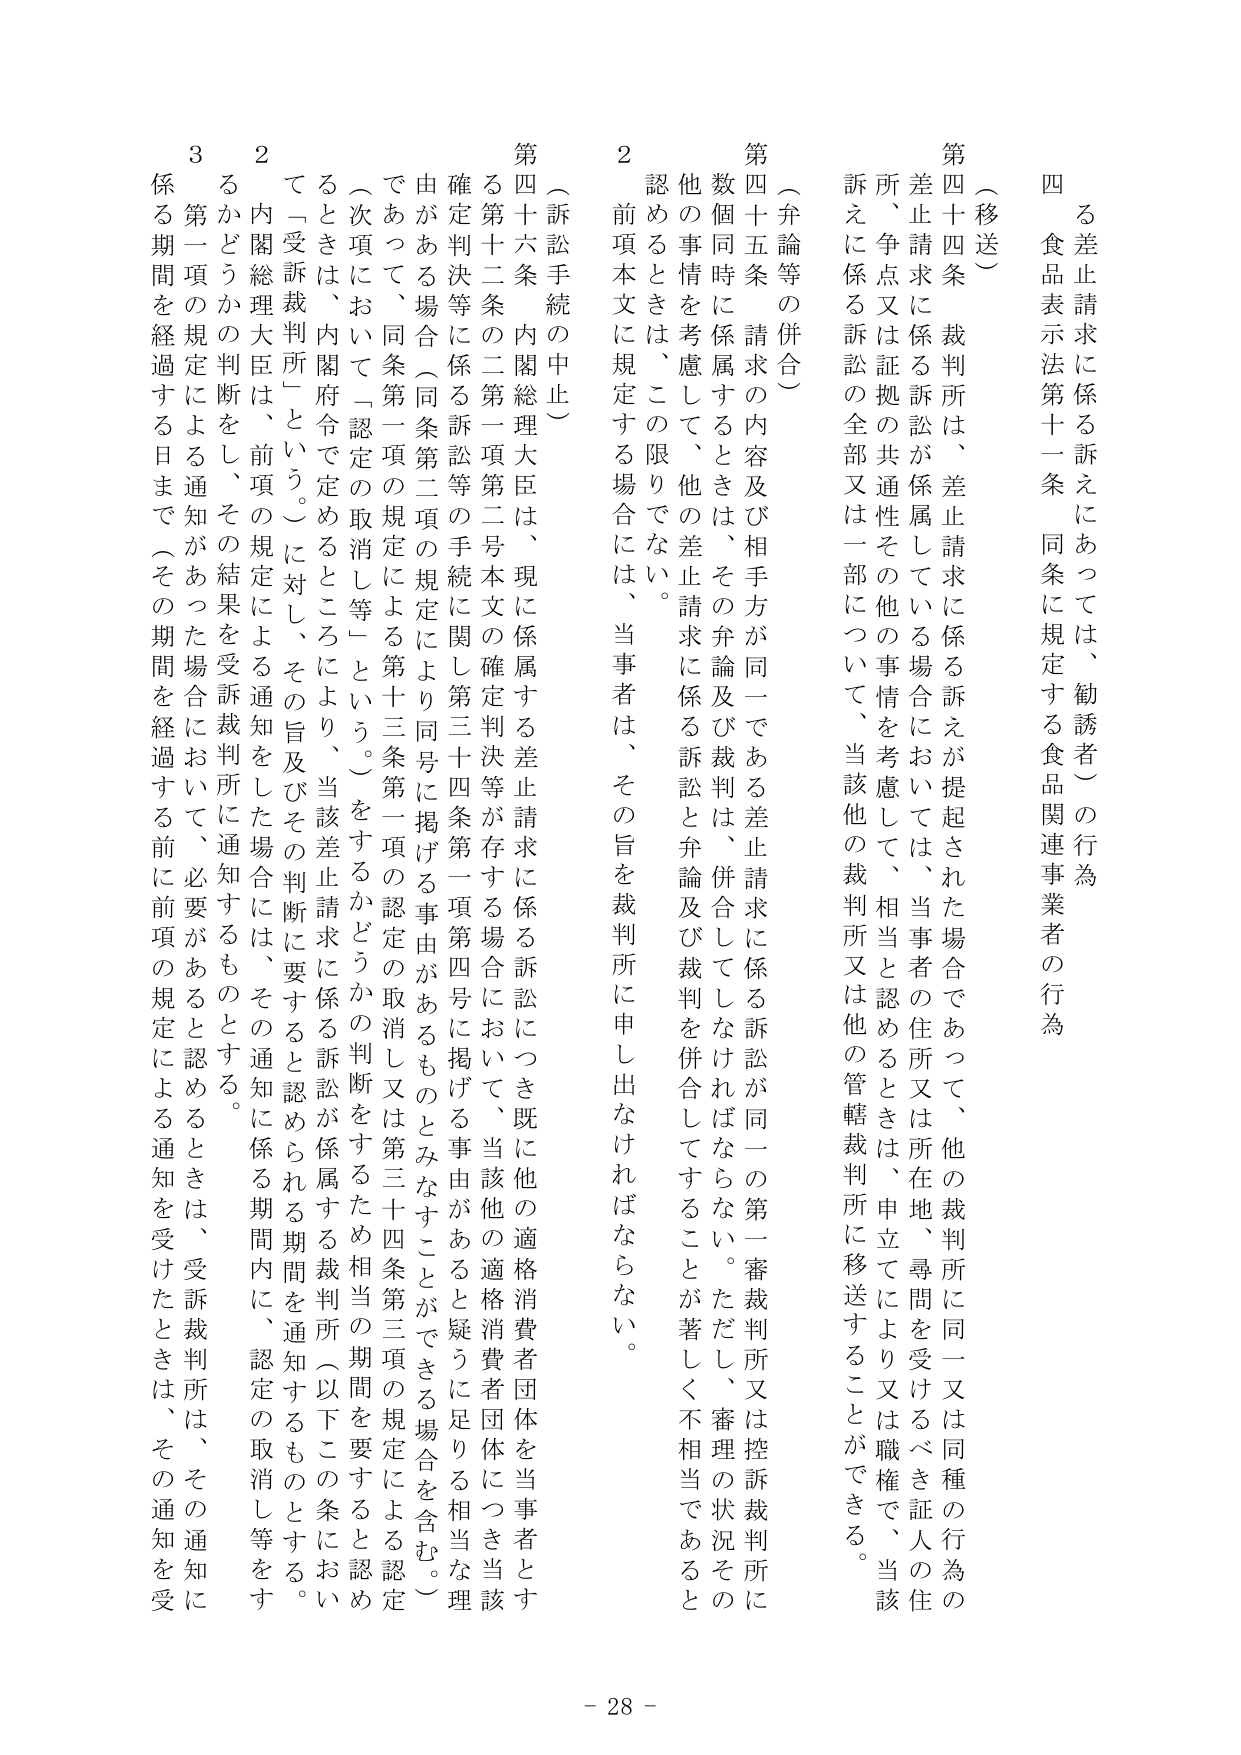
四　差止請求に係る訴えにあっては、勧誘者）の行為
　　食品表示法第十一条　同条に規定する食品関連事業者の行為

（移送）
第四十四条　裁判所は、差止請求に係る訴えが提起された場合であって、他の裁判所に同一又は同種の行為の
差止請求に係る訴訟が係属している場合においては、当事者の住所又は所在地、尋問を受けるべき証人の住
所、争点又は証拠の共通性その他の事情を考慮して、相当と認めるときは、申立てにより又は職権で、当該
訴えに係る訴訟の全部又は一部について、当該他の裁判所又は他の管轄裁判所に移送することができる。

（弁論等の併合）
第四十五条　請求の内容及び相手方が同一である差止請求に係る訴訟が同一の第一審裁判所又は控訴裁判所に
数個同時に係属するときは、その弁論及び裁判は、併合してしなければならない。ただし、審理の状況その
他の事情を考慮して、他の差止請求に係る訴訟と弁論及び裁判を併合してすることが著しく不相当であると
認めるときは、この限りでない。

２　前項本文に規定する場合には、当事者は、その旨を裁判所に申し出なければならない。

（訴訟手続の中止）
第四十六条　内閣総理大臣は、現に係属する差止請求に係る訴訟につき既に他の適格消費者団体を当事者とす
る第十二条の二第一項第二号本文の確定判決等が存する場合において、当該他の適格消費者団体につき当該
確定判決等に係る訴訟等の手続に関し第三十四条第一項第四号に掲げる事由があると疑うに足りる相当な理
由がある場合（同条第二項の規定により同号に掲げる事由があるものとみなすことができる場合を含む。）
であって、同条第一項の規定による第十三条第一項の認定の取消し又は第三十四条第三項の規定による認定
（次項において「認定の取消し等」という。）をするかどうかの判断をするため相当の期間を要すると認め
るときは、内閣府令で定めるところにより、当該差止請求に係る訴訟が係属する裁判所（以下この条におい
て「受訴裁判所」という。）に対し、その旨及びその判断に要すると認められる期間を通知するものとする。

２　内閣総理大臣は、前項の規定による通知をした場合には、その通知に係る期間内に、認定の取消し等をす
るかどうかの判断をし、その結果を受訴裁判所に通知するものとする。

３　第一項の規定による通知があった場合において、必要があると認めるときは、受訴裁判所は、その通知に
係る期間を経過する日まで（その期間を経過する前に前項の規定による通知を受けたときは、その通知を受

- 28 -